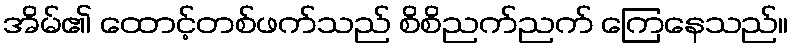
အိမ်၏ ထောင့်တစ်ဖက်သည် စိစိညက်ညက် ကြေနေသည်။